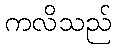
ကလိသည်